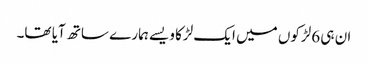
ان ہی 6لڑکوں میں ایک لڑکا ویسے ہمارے ساتھ آیا تھا۔